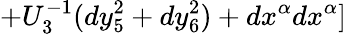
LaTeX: +U_{3}^{-1}(dy_{5}^{2}+dy_{6}^{2})+dx^{\alpha}dx^{\alpha}]